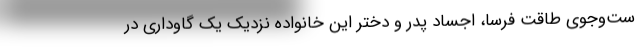
ست‌وجوی طاقت فرسا، اجساد پدر و دختر این خانواده نزدیک یک گاوداری در